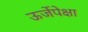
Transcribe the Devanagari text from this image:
ऊर्जेपेक्षा